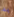
به